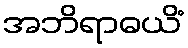
အဘိရာဓယိံ